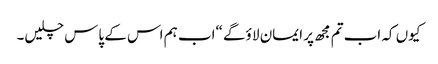
کیوں کہ اب تم مجھ پر ایمان لا ؤگے “اب ہم اس کے پاس چلیں۔